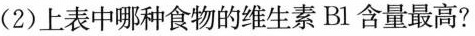
(2)上表中哪种食物的维生素B1含量最高?